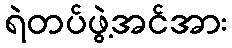
ရဲတပ်ဖွဲ့အင်အား